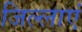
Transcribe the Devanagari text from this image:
जिल्लाएं